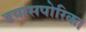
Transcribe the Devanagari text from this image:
डयासपोरिक।